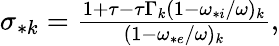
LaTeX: \begin{array}{r}{\sigma_{*k}=\frac{1+\tau-\tau\Gamma_{k}(1-\omega_{*i}/\omega)_{k}}{(1-\omega_{*e}/\omega)_{k}},}\end{array}